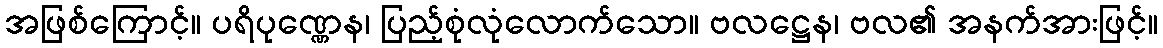
အဖြစ်ကြောင့်။ ပရိပုဏ္ဏေန၊ ပြည့်စုံလုံလောက်သော။ ဗလဋ္ဌေန၊ ဗလ၏ အနက်အားဖြင့်။